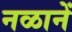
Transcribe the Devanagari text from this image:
नळानें